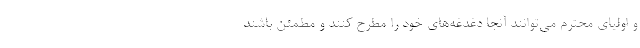
و اولیای محترم می‌توانند آنجا دغدغه‌های خود را مطرح کنند و مطمئن باشند